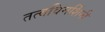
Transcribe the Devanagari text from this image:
तत्वविमर्शिनी